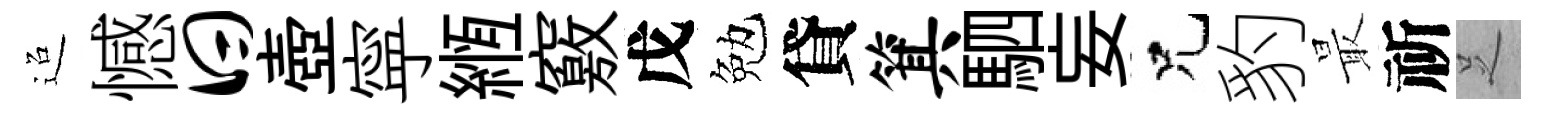
迢憾曰壺寜縆竅戊勉貸箕駟妄兄豹最祈𠯁